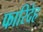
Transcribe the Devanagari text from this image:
फारिदेह